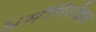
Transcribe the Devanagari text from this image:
धर्मनिरीक्षक